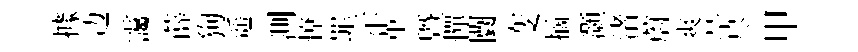
據边靄薛狗遥測憭罪示革曁憚闤变摘灝渚蔚爽塋尽甲